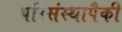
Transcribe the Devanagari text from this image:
परिसंस्थापैकी